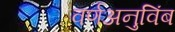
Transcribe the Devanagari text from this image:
वर्णअनुविंब